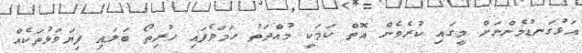
އަޅުގަނޑުމެންނަށް މީގައި ކުރެވެން އޮތް ކަމަކީ މުއްދަތު ހަމަވެފައި ހުރިތޯ ބަލައި ފިޔަވަޅުތަކެއް